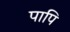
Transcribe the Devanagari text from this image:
पापि